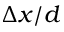
\Delta x / d